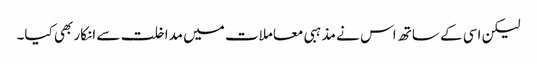
لیکن اسی کے ساتھ اس نے مذہبی معاملات میں مداخلت سے انکار بھی کیا۔